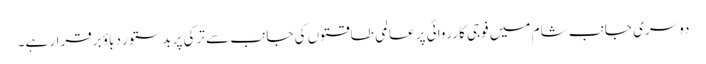
دوسری جانب شام میں فوجی کارروائی پر عالمی طاقتوں کی جانب سے ترکی پر بدستور دباؤ برقرار ہے۔